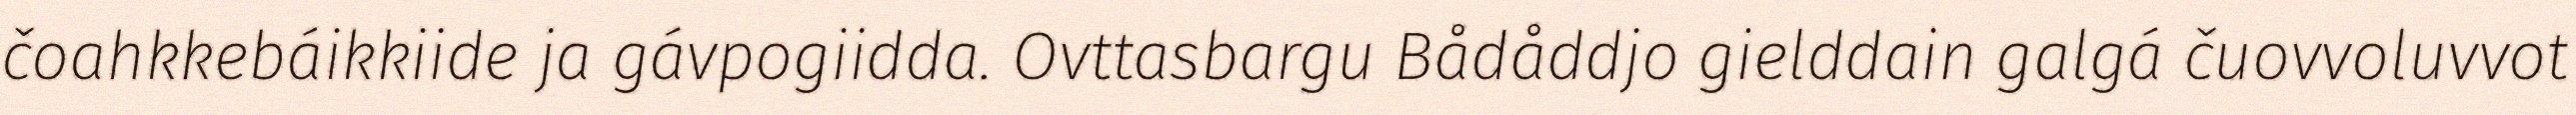
čoahkkebáikkiide ja gávpogiidda. Ovttasbargu Bådåddjo gielddain galgá čuovvoluvvot